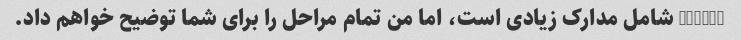
escrow شامل مدارک زیادی است، اما من تمام مراحل را برای شما توضیح خواهم داد.